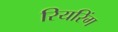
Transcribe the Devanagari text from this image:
रियरिंग